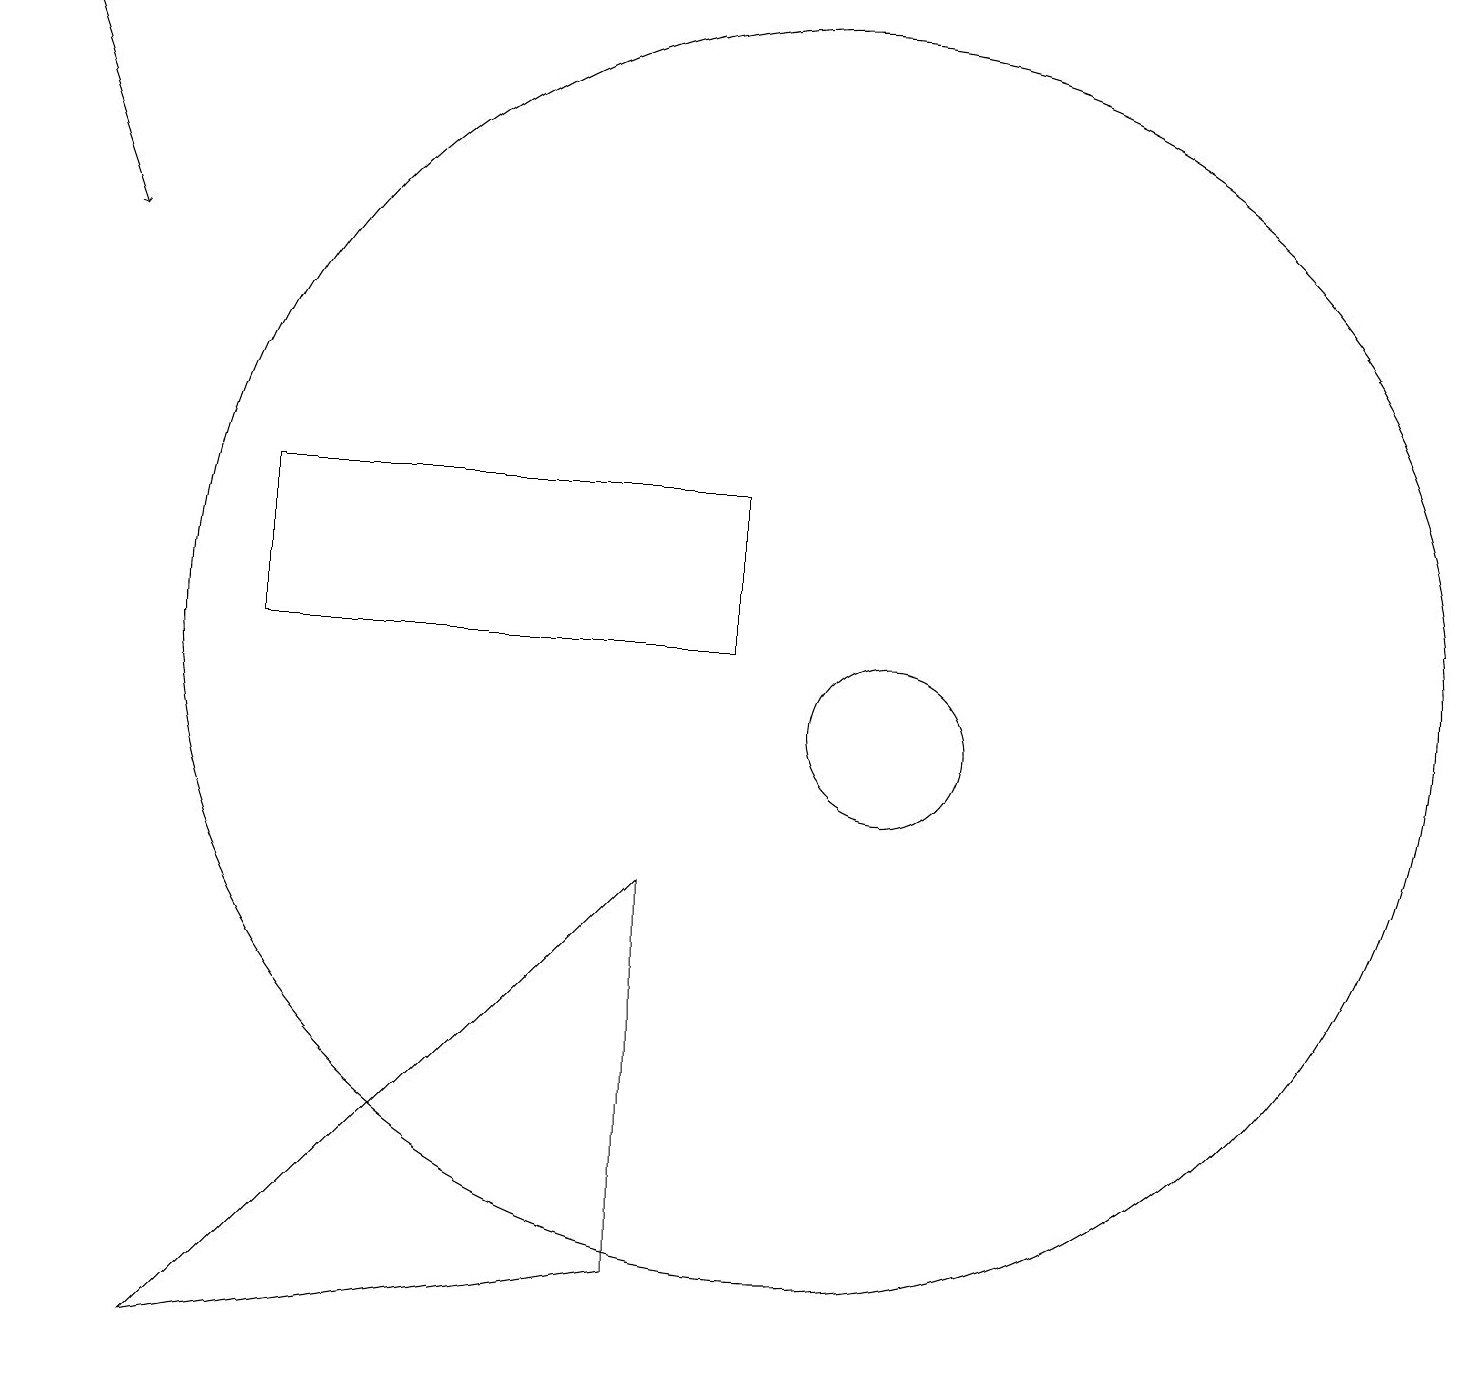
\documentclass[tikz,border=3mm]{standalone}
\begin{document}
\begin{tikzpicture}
\draw[->] (0,19) -- (1,16);
\draw (3,13) rectangle (9,11);
\draw (8,3) -- (2,2) -- (8,8) -- cycle;
\draw (11,10) circle (1);
\draw (10,11) circle (8);
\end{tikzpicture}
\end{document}